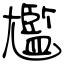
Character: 尷